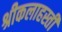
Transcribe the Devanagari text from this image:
श्रीकलाहस्ती